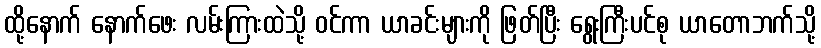
ထို့နောက် နောက်ဖေး လမ်းကြားထဲသို့ ဝင်ကာ ယာခင်းများကို ဖြတ်ပြီး ရွေးကြီးပင်စု ယာတောဘက်သို့